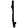
Digit: 1